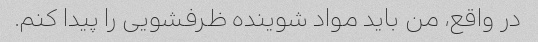
در واقع، من باید مواد شوینده ظرفشویی را پیدا کنم.